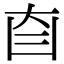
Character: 𦣼